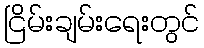
ငြိမ်းချမ်းရေးတွင်